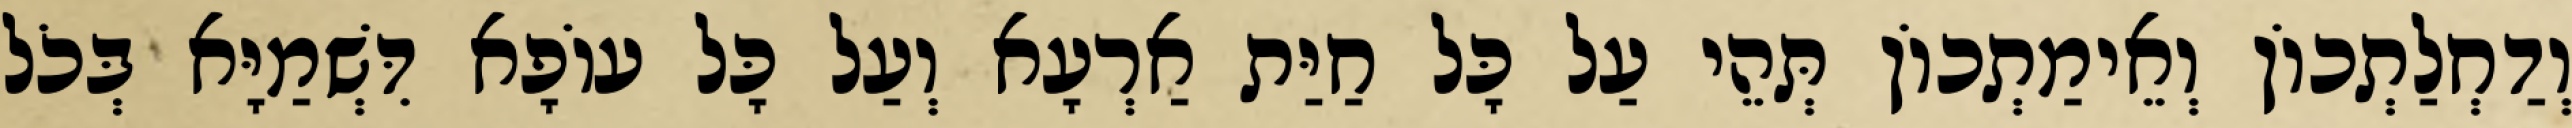
וְדַחְלַתְכוֹן וְאֵימַתְכוֹן תְּהֵי עַל כָּל חַיַּת אַרְעָא וְעַל כָּל עוֹפָא דִּשְׁמַיָּא בְּכֹל